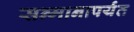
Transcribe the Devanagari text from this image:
सन्मानापर्यंत